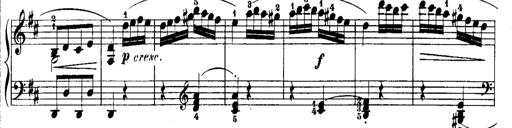
Title: Rondos and Sonatinas for Pianoforte
Composer: Daniel Steibelt